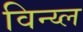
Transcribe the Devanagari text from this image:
विन्य्ल